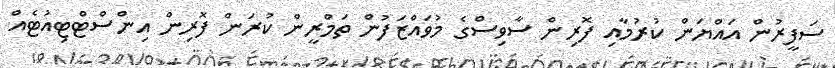
ސަފީރުން އައްޔަން ކުރުމާއި ފޮރިން ސާވިސްގެ މުވައްޒަފުން ތަމްރީން ކުރަން ފޮރިން އިންސްޓްޓިއުޓެއް